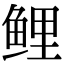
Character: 鲤